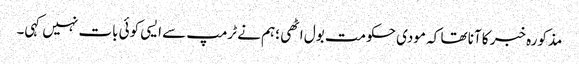
مذکورہ خبر کا آنا تھا کہ مودی حکومت بول اٹھی ؛ہم نے ٹرمپ سے ایسی کوئی بات نہیں کہی۔